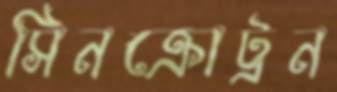
সিনক্রোট্রন